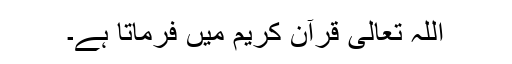
اللہ تعالیٰ قرآنِ کریم میں فرماتا ہے۔